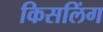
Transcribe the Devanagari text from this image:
किसलिंग